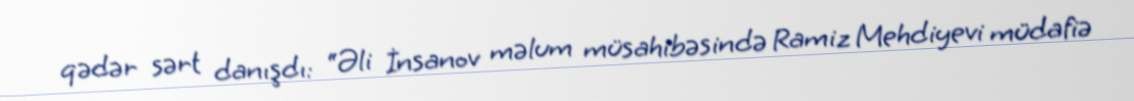
qədər sərt danışdı: “Əli İnsanov məlum müsahibəsində Ramiz Mehdiyevi müdafiə